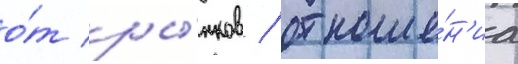
о́т ры́нков / отноше́н'иа